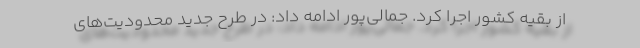
از بقیه کشور اجرا کرد. جمالی‌پور ادامه داد: در طرح جدید محدودیت‌های